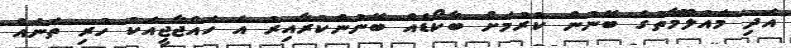
އަދި މައުލޫމާތުގެ ބޭނުން ކުރުމަށް ބާކޯޑެއް ބޭނުންކުރާއިރު އެ ހައްޖާޖީއަކު ހުރި ތަނެއް